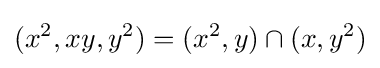
(x^{2},xy,y^{2})=(x^{2},y)\cap (x,y^{2})